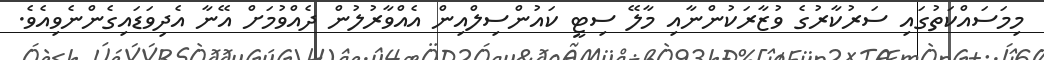
މިމަސައްކަތުގައި ސަރުކާރުގެ ވުޒާރަކުންނާއި މާލޭ ސިޓީ ކައުންސިލްއިން އެއްވާރުލުން ދެއްވުމަށް އޭނާ އެދިވަޑައިގެންނެވިއެވެ.